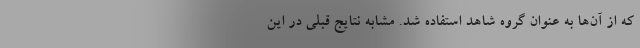
که از آن‌ها به عنوان گروه شاهد استفاده شد. مشابه نتایج قبلی در این